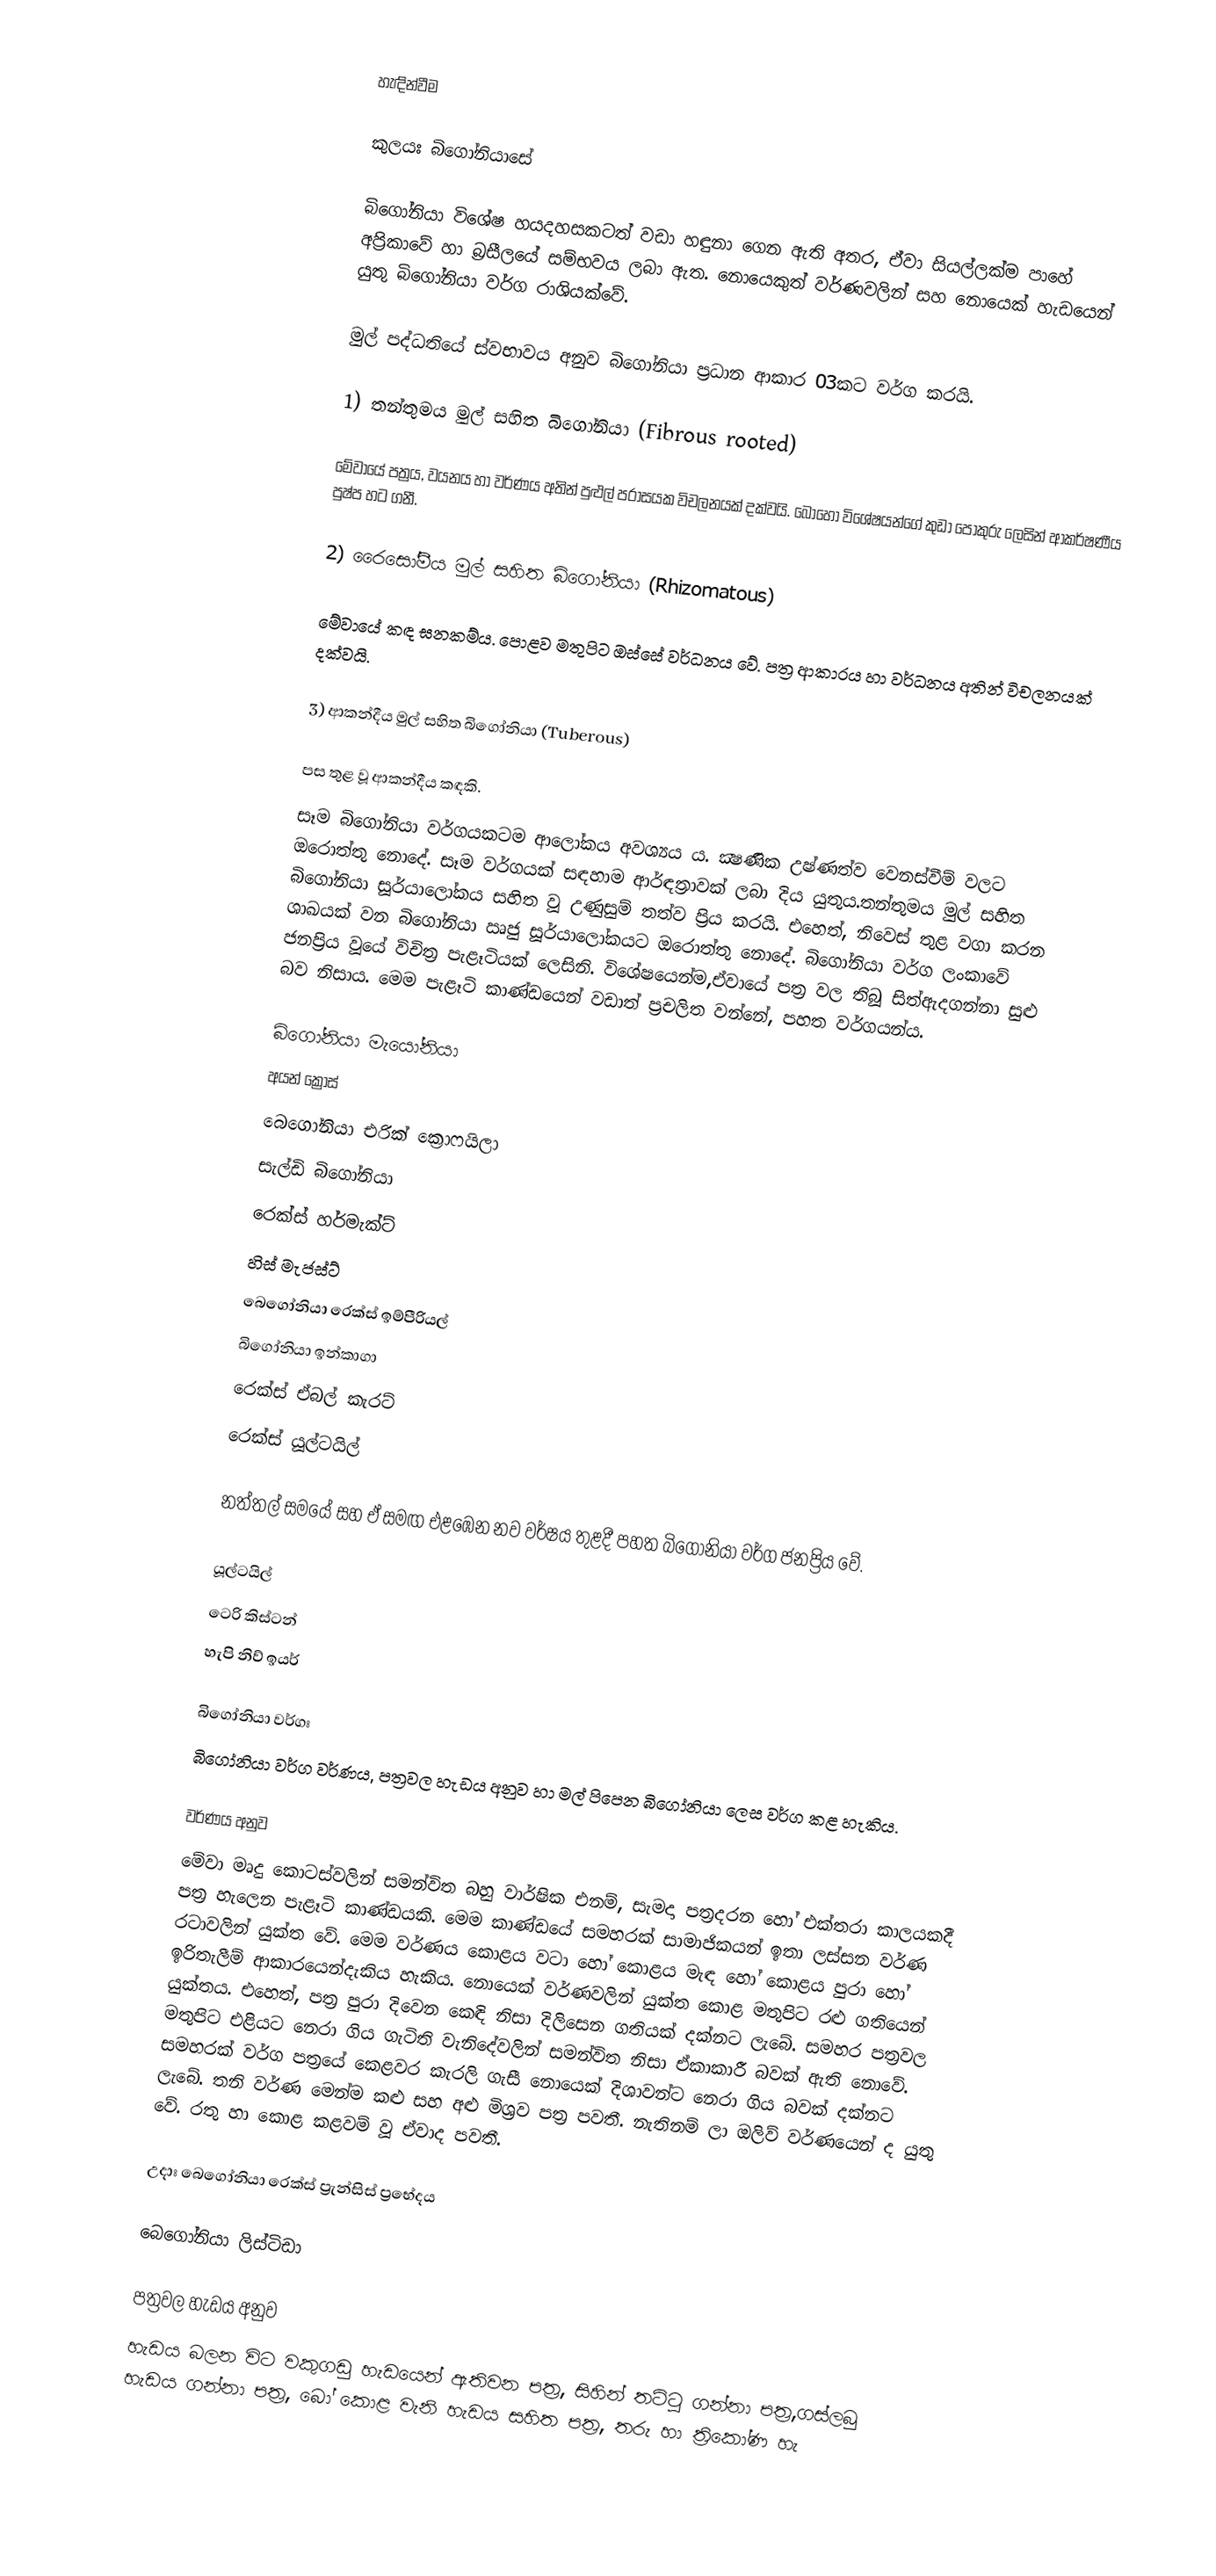

හැඳින්වීම

	කුලයඃ බිගෝනියාසේ

	බිගෝනියා විශේෂ හයදහසකටත් වඩා හඳුනා ගෙන ඇති අතර, ඒවා සියල්ලක්ම පා‍හේ අප්‍රිකාවේ හා  බ්‍රසීලයේ සම්භවය ලබා ඇත. නොයෙකුත් වර්ණවලින් සහ නොයෙක් හැඩයෙන් යුතු බිගෝනියා  වර්ග රාශියක්වේ.

මුල් පද්ධතියේ ස්වභාවය අනුව බිගෝනියා ප්‍රධාන ආකාර 03කට වර්ග කරයි.

1) තන්තුමය මුල් සහිත බිගෝනියා (Fibrous rooted)

		මේවායේ පත්‍රය, වයනය හා වර්ණය අතින් පුළුල් පරාසයක විචලනයක් දක්වයි. බොහෝ විශේෂයන්ගේ කුඩා පොකුරු ලෙසින් ආකර්ෂණීය පුෂ්ප හට ගනී.

	2) රෛසෝමීය මුල් සහිත බිගෝනියා (Rhizomatous)

		මේවායේ කඳ ඝනකම්ය. පොළව මතුපිට ඔස්සේ වර්ධනය වේ. පත්‍ර ආකාරය හා වර්ධනය අතින් විචලනයක් දක්වයි.

	3) ආකන්දීය මුල් සහිත බිගෝනියා (Tuberous)

		පස තුළ වූ ආකන්දීය කඳකි.
සෑම බිගෝනියා වර්ගයකටම ආලෝකය අවශ්‍යය ය. ක්‍ෂණික උෂ්ණත්ව වෙනස්වීම් වලට ඔරොත්තු නොදේ. සෑම වර්ගයක් සඳහාම ආර්ඳ්‍රතාවක් ලබා දිය යුතුය.තන්තුමය මුල් සහිත බිගෝනියා සූර්යාලෝකය සහිත වූ උණුසුම් තත්ව ප්‍රිය කරයි. එහෙත්, නිවෙස් තුළ වගා කරන ශාඛයක් වන බිගෝනියා ඍජු සූර්යාලෝකයට ඔරොත්තු නොදේ. බිගෝනියා වර්ග ලංකාවේ ජනප්‍රිය වූයේ විචිත්‍ර පැළෑටියක් ලෙසිනි. විශේෂයෙන්ම,ඒවායේ පත්‍ර වල තිබූ සිත්ඇදගන්නා සුළු බව නිසාය. මෙම පැළෑටි කාණ්ඩයෙන් වඩාත් ප්‍රචලිත වන්නේ, පහත වර්ගයන්ය.

බිගෝනියා මැයෝනියා
අයන් ක්‍රොස්
බෙගෝනියා එරික් ක්‍රොෆයිලා
සැල්ඩි බිගෝනියා
රෙක්ස් හර්මැක්ට්
හිස් මැජස්ට්
බෙගෝනියා රෙක්ස් ඉම්පීරියල්
බිගෝනියා ඉන්කාගා
රෙක්ස් ඒබල් කැරට්
රෙක්ස් යූල්ටයිල්

		නත්තල් සමයේ සහ ඒ සමඟ එළඹෙන නව වර්ෂය තුළදී පහත බිගෝනියා වර්ග ජනප්‍රිය වේ.

යූල්ටයිල්
ටෙරි කිස්ටන්
හැපි නිව් ඉයර්

බිගෝනියා වර්ගඃ
	බිගෝනියා වර්ග වර්ණය, පත්‍රවල හැඩය අනුව හා මල් පිපෙන බිගෝනියා ලෙස වර්ග කළ හැකිය.

වර්ණය අනුව
		මේවා මෘදු කොටස්වලින් සමන්විත බහු වාර්ෂික එනම්, සැමදා පත්‍රදරන හෝ එක්තරා  කාලයකදී පත්‍ර හැලෙන පැළෑටි කාණ්ඩයකි. මෙම කාණ්ඩයේ සමහරක් සාමාජිකයන් ඉතා ලස්සන වර්ණ රටාවලින් යුක්ත වේ. මෙම වර්ණය කොළය වටා හෝ කොළය මැඳ හෝ කොළය පුරා හෝ ඉරිතැලීම් ආකාරයෙන්දැකිය හැකිය. නොයෙක් වර්ණවලින් යුක්ත කොළ මතුපිට රළු ගතියෙන් යුක්තය. එහෙත්, පත්‍ර පුරා දිවෙන කෙඳි නිසා  දිලිසෙන ගතියක් දක්නට ලැබේ. සමහර පත්‍රවල මතුපිට එළියට නෙරා ගිය ගැටිති වැනිදේවලින් සමන්විත නිසා  ඒකාකාරී බවක් ඇති නොවේ. සමහරක් වර්ග පත්‍රයේ කෙළවර කැරලි ගැසී නොයෙක් දිශාවන්ට නෙරා ගිය බවක්  දක්නට ලැබේ. තනි වර්ණ මෙන්ම කළු සහ අළු මිශ්‍රව පත්‍ර පවතී. නැතිනම් ලා ඔලිව් වර්ණයෙන් ද යුතු වේ. රතු හා කොළ කළවම් වූ ඒවාද පවතී.

උදාඃ බෙගෝනියා රෙක්ස් ප්‍රැන්සිස් ප්‍රභේදය

බෙගෝනියා ලිස්ටිඩා

පත්‍රවල හැඩය අනුව
		හැඩය බලන විට වකුගඩු හැඩයෙන් ඇතිවන පත්‍ර,  සිහින් තට්ටු ගන්නා පත්‍ර,ගස්ලබු හැඩය  ගන්නා පත්‍ර, බෝ කොළ වැනි හැඩය සහිත පත්‍ර, තරු හා ත්‍රිකෝණ හැ